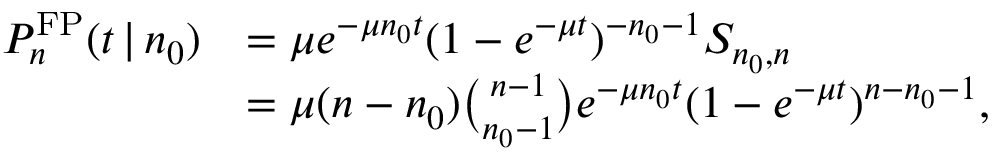
\begin{array} { r l } { P _ { n } ^ { \mathrm { F P } } ( t \, | \, n _ { 0 } ) } & { = \mu e ^ { - \mu n _ { 0 } t } ( 1 - e ^ { - \mu t } ) ^ { - n _ { 0 } - 1 } S _ { n _ { 0 } , n } } \\ & { = \mu ( n - n _ { 0 } ) { \binom { n - 1 } { n _ { 0 } - 1 } } e ^ { - \mu n _ { 0 } t } ( 1 - e ^ { - \mu t } ) ^ { n - n _ { 0 } - 1 } , } \end{array}